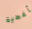
أغطية